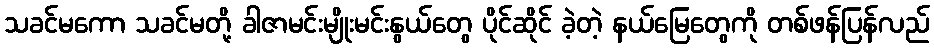
သခင်မကော သခင်မတို့ ခါဇာမင်းမျိုးမင်းနွယ်တွေ ပိုင်ဆိုင် ခဲ့တဲ့ နယ်မြေတွေကို တစ်ဖန်ပြန်လည်